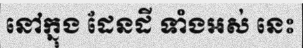
នៅក្នុង ដែនដី ទាំងអស់ នេះ